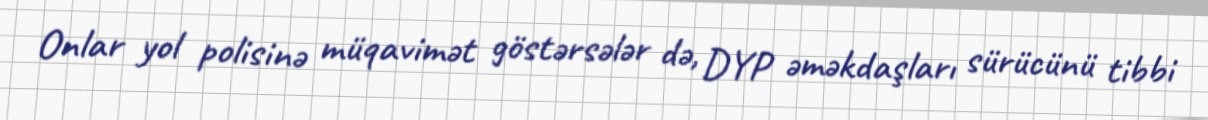
Onlar yol polisinə müqavimət göstərsələr də, DYP əməkdaşları sürücünü tibbi